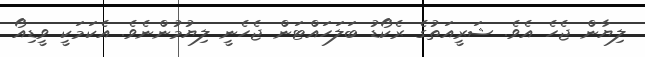
ލިޔާން ޖެހެ އެވެ. ޝަރީއަތުގެ ރެކޯޑު ބަލަހައްޓަން ޖެހެނީ ލިޔުމުންނެވެ. އެކަމަކީ ވީޑިއޯ